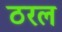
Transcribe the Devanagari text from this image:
ठरल